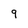
Character: 9